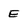
Character: E